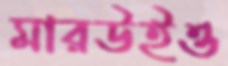
মারউইও